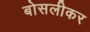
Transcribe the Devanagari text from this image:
बोसलीकर